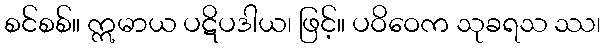
စင်စစ်။ ဣမာယ ပဋိပဒါယ၊ ဖြင့်။ ပဝိဝေက သုခရသ ဿ၊